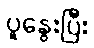
ပူနွေးပြီး